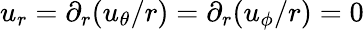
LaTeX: u_{r}=\partial_{r}(u_{\theta}/r)=\partial_{r}(u_{\phi}/r)=0